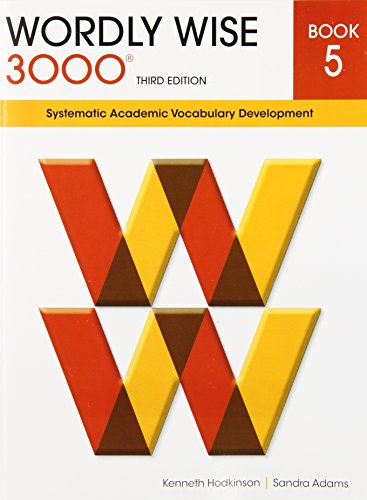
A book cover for Wordly Wise 3000 Book 5: Systematic Academic Vocabulary Development; Kenneth Hodkinson; Teen & Young Adult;